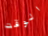
الوقت